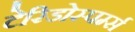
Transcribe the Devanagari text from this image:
टेरिडोस्पर्म्स